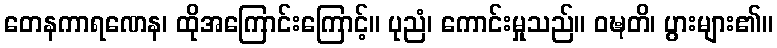
တေနကာရဏေန၊ ထိုအကြောင်းကြောင့်။ ပုညံ၊ ကောင်းမှုသည်။ ဝဍ္ဎတိ၊ ပွားများ၏။